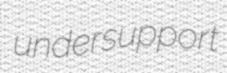
undersupport